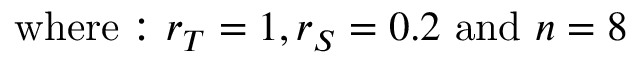
{ \mathrm { w h e r e : ~ } } r _ { T } = 1 , r _ { S } = 0 . 2 { \mathrm { ~ a n d ~ } } n = 8